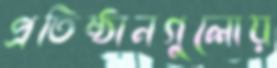
প্রতিষ্ঠানগুলোয়